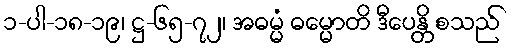
၁-ပါ-၁၈-၁၉၊ ဋ္ဌ-၆၅-၇၂၊ အဓမ္မံ ဓမ္မောတိ ဒီပေန္တိ စသည်